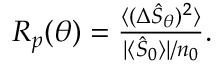
\begin{array} { r } { R _ { p } ( \theta ) = \frac { \langle ( \Delta \hat { \cal S } _ { \theta } ) ^ { 2 } \rangle } { | \langle \hat { \cal S } _ { 0 } \rangle | / n _ { 0 } } . } \end{array}